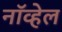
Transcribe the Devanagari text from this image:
नॉव्हेल